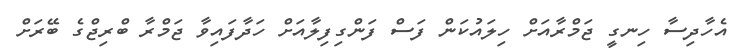
އެހާދިސާ ހިނގީ ޖަމްރާއަށް ހިލައުކަން ފަސް ފަންގިފިލާއަށް ހަދާފައިވާ ޖަމްރާ ބްރިޖްގެ ބޭރަށް